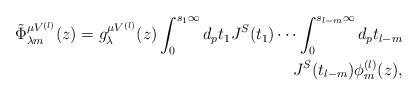
LaTeX: \begin{align*}\tilde{\Phi}^{\mu V^{(l)}}_{\lambda m}(z) = g^{\mu V^{(l)}}_{\lambda}(z) \int_{0}^{s_{1}\infty} d_{p} t_{1} J^{S}(t_{1}) \cdots \int_{0}^{s_{l-m}\infty} d_{p} t_{l-m} \\ J^{S}(t_{l-m}) \phi^{(l)}_{m}(z),\end{align*}